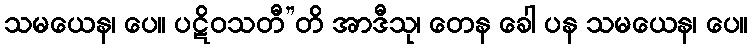
သမယေန၊ ပေ။ ပဋိဝသတီ”တိ အာဒီသု၊ တေန ခေါ ပန သမယေန၊ ပေ။